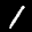
Label: 1